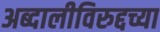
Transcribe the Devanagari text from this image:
अब्दालीविरुद्दच्या